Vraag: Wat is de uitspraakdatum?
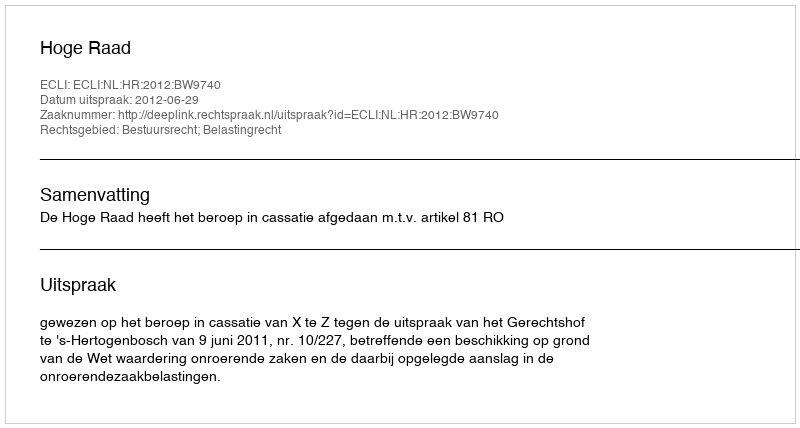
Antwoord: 2012-06-29